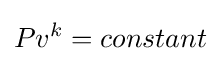
Pv^{k}=constant